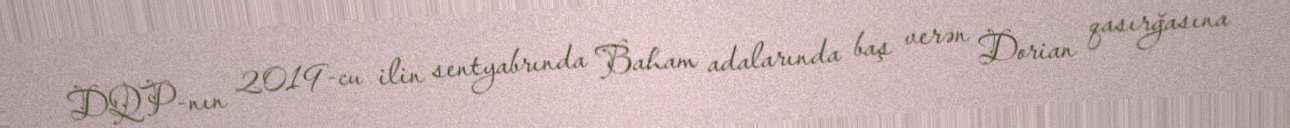
DQP-nın 2019-cu ilin sentyabrında Baham adalarında baş verən Dorian qasırğasına